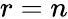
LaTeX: r=n